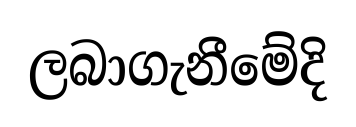
ලබාගැනීමේදි